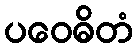
ပဝေဓိတံ